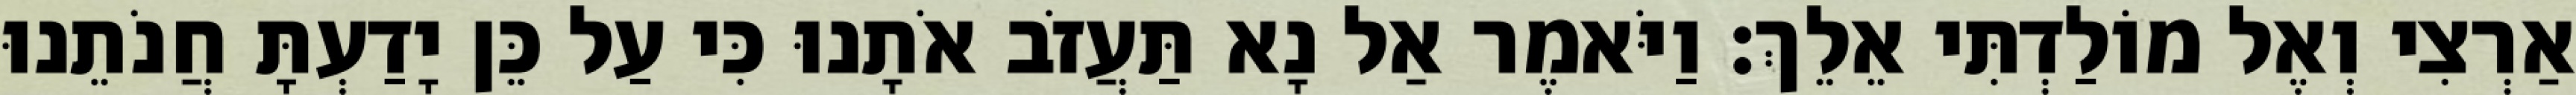
אַרְצִי וְאֶל מוֹלַדְתִּי אֵלֵךְ׃ וַיֹּאמֶר אַל נָא תַּעֲזֹב אֹתָנוּ כִּי עַל כֵּן יָדַעְתָּ חֲנֹתֵנוּ